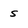
Character: s